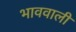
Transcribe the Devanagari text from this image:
भाववाली